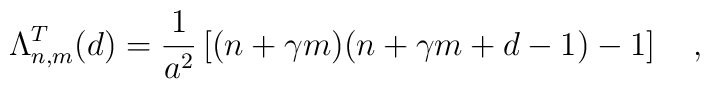
\Lambda^{T}_{n,m}(d)={1\over {a}^2}\left[(n+\gamma m)(n+\gamma m+d-1)-1 \right]~~~,